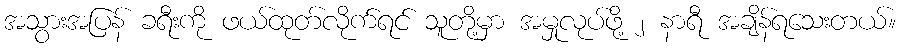
အသွားအပြန် ခရီးကို ဖယ်ထုတ်လိုက်ရင် သူတို့မှာ အမှုလုပ်ဖို့ ၂ နာရီ အချိန်ရသေးတယ်။